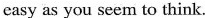
easy as you seem to think.